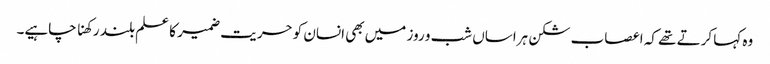
وہ کہا کرتے تھے کہ اعصاب شکن ہراساں شب و روز میں بھی انسان کو حریت ضمیر کا علم بلند رکھنا چاہیے۔